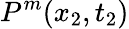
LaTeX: P^{m}(x_{2},t_{2})